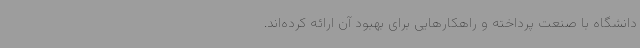
دانشگاه با صنعت پرداخته و راهکارهایی برای بهبود آن ارائه کرده‌اند.